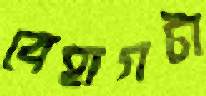
বেহাগটা